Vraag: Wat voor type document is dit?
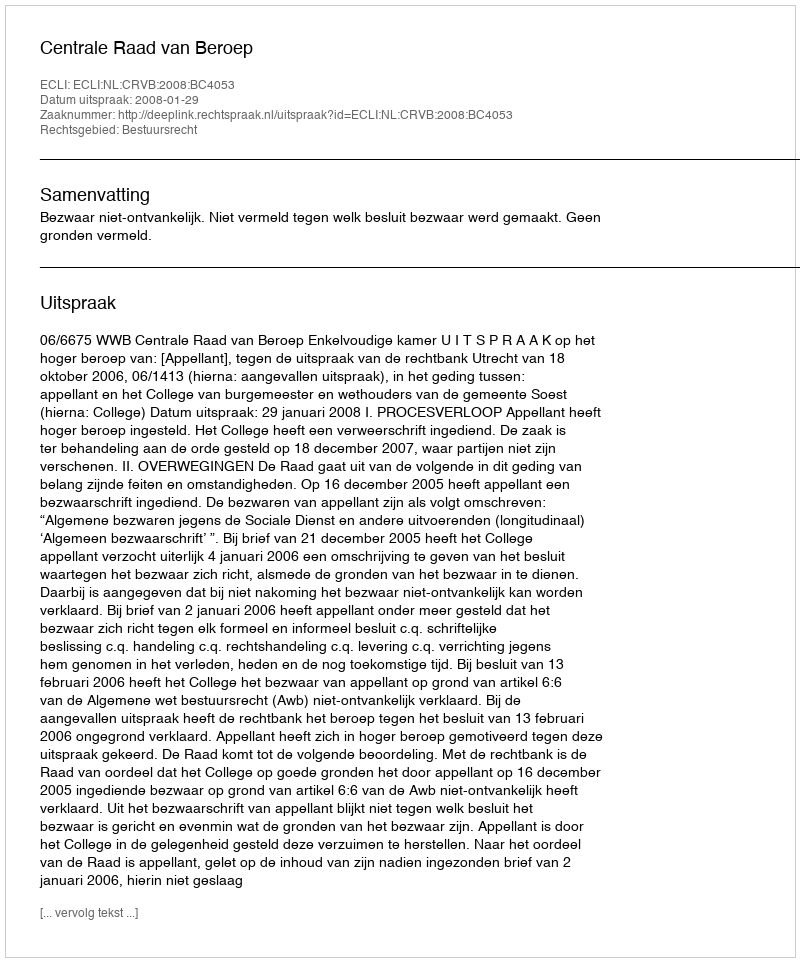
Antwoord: Uitspraak